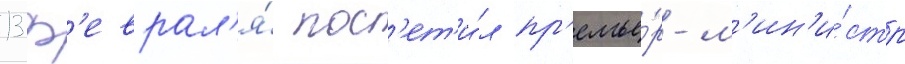
13 ф'еврал'я́ пос'ет'и́л пр'емье́р-м'ин'и́стр